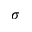
\sigma